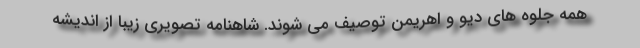
همه جلوه های دیو و اهریمن توصیف می شوند. شاهنامه تصویری زیبا از اندیشه